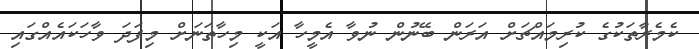
ކެމެރާތަކުގެ ކުރިމައްޗަށް އަރަން ބޭނުން ނުވާ އެމީހާ އަކީ މިހާތަނަށް މިފަދަ ވާހަކައެއްގައި